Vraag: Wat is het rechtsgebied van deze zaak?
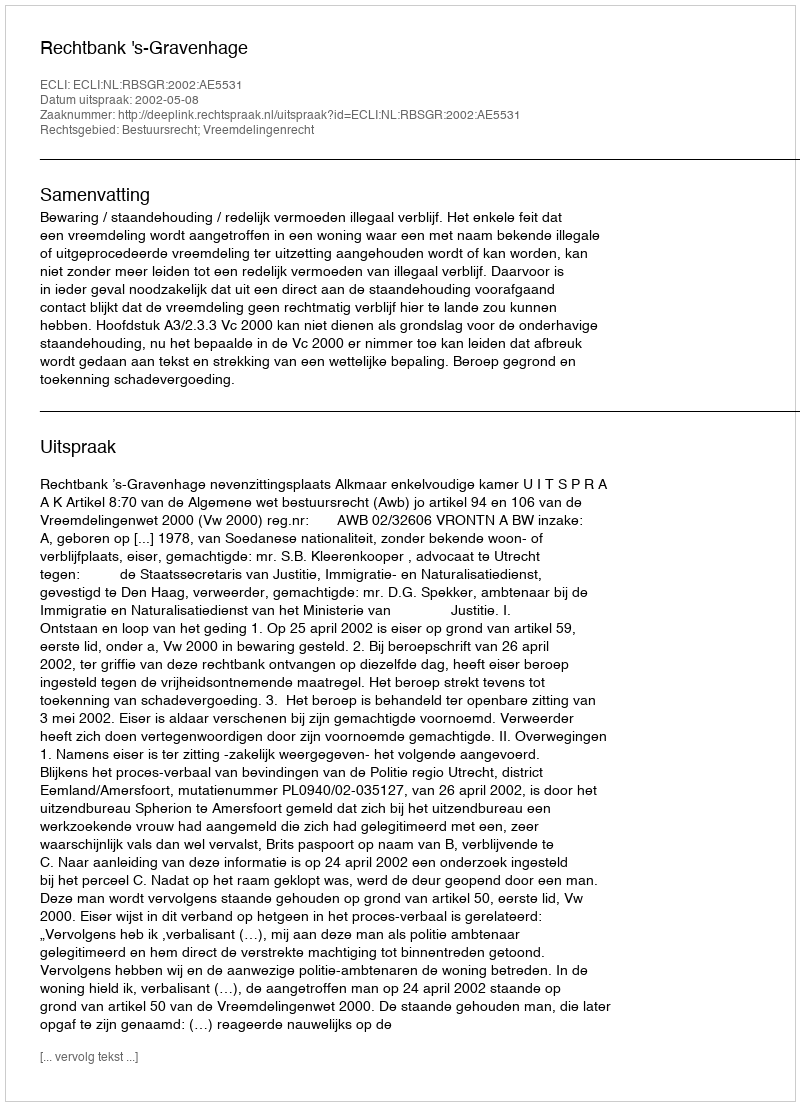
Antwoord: Bestuursrecht; Vreemdelingenrecht